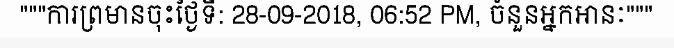
"""ការព្រមានចុះថ្ងៃទី: 28-09-2018, 06:52 PM, ចំនួនអ្នកអានៈ"""